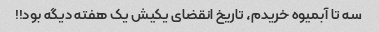
سه تا آبمیوه خریدم، تاریخ انقضای یکیش یک هفته دیگه بود!!